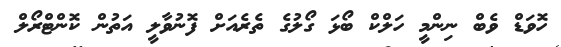
ހޮވަޑް ވެބް ނިންމީ ހަލްކް ބޯޅަ ގޯލުގެ ތެރެއަށް ފޮނުވާލީ އަތުން ކޮންޓްރޯލް